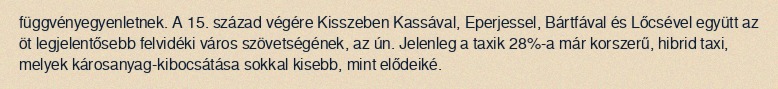
függvényegyenletnek. A 15. század végére Kisszeben Kassával, Eperjessel, Bártfával és Lőcsével együtt az öt legjelentősebb felvidéki város szövetségének, az ún. Jelenleg a taxik 28%-a már korszerű, hibrid taxi, melyek károsanyag-kibocsátása sokkal kisebb, mint elődeiké.